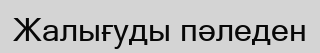
Жалығуды пәледен